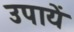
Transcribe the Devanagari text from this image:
उपायें